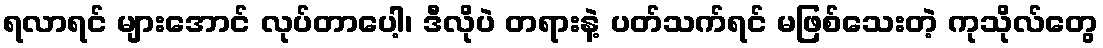
ရလာရင် များအောင် လုပ်တာပေါ့၊ ဒီလိုပဲ တရားနဲ့ ပတ်သက်ရင် မဖြစ်သေးတဲ့ ကုသိုလ်တွေ